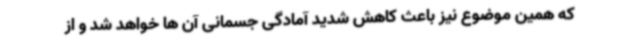
که همین موضوع نیز باعث کاهش شدید آمادگی جسمانی آن ها خواهد شد و از